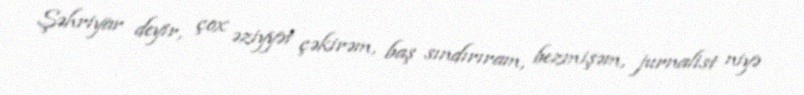
Şəhriyar deyir, çox əziyyət çəkirəm, baş sındırıram, bezmişəm, jurnalist niyə